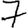
Digit: 7